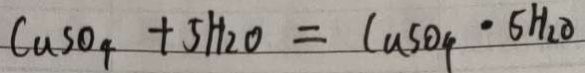
C u S O _ { 4 } + 5 H _ { 2 } O = C u S O _ { 4 } \cdot 5 H _ { 2 } O